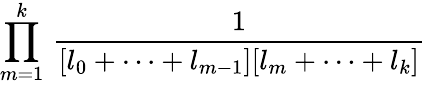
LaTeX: \prod_{m=1}^{k}\, \frac 1{[l_{0}+\cdots+l_{m-1}][l_{m}+\cdots+l_{k}]}